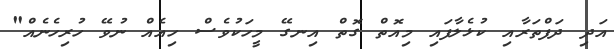
އަދި ދަފްތަރާއި ކުޅެލާފައި މިއޮތް ގޮތް އިނގޭ މީހަކުވެސް ހިއެއް ނުވޭ ހުރިހެނެއް"